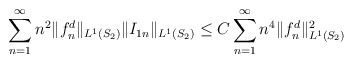
\begin{align*}\sum_{n=1}^{\infty}n^2\Vert f_n^d \Vert_{L^{1}(S_2)}\Vert I_{1n} \Vert_{L^{1}(S_2)}\leq C\sum_{n=1}^{\infty}n^4\Vert f_n^d \Vert_{L^{1}(S_2)}^2\end{align*}